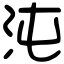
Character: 沌